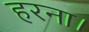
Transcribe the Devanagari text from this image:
हरना।